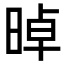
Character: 晫